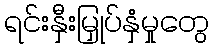
ရင်းနှီးမြှုပ်နှံမှုတွေ